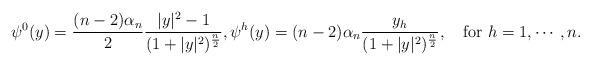
LaTeX: \begin{align*}\psi^0(y)=\frac{(n-2)\alpha_n}{2}\frac{|y|^2-1}{(1+|y|^2)^{\frac{n }{2}}},\psi^h(y)= (n-2)\alpha_n\frac{y_h}{(1+|y|^2)^{\frac{n }{2}}}, \quad\mbox{for}\ h=1,\cdots,n.\end{align*}